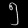
Digit: ၅